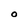
Character: O